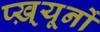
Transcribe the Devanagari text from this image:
प्ख़्यूनों